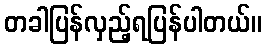
တခါပြန်လှည့်ရပြန်ပါတယ်။